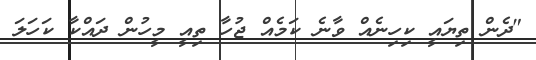
"ދެން ތިޔައީ ކިހިނެއް ވާނެ ކަމެއް ޖުހާ ތިއީ މީހުން ދައްކާ ކަހަލަ